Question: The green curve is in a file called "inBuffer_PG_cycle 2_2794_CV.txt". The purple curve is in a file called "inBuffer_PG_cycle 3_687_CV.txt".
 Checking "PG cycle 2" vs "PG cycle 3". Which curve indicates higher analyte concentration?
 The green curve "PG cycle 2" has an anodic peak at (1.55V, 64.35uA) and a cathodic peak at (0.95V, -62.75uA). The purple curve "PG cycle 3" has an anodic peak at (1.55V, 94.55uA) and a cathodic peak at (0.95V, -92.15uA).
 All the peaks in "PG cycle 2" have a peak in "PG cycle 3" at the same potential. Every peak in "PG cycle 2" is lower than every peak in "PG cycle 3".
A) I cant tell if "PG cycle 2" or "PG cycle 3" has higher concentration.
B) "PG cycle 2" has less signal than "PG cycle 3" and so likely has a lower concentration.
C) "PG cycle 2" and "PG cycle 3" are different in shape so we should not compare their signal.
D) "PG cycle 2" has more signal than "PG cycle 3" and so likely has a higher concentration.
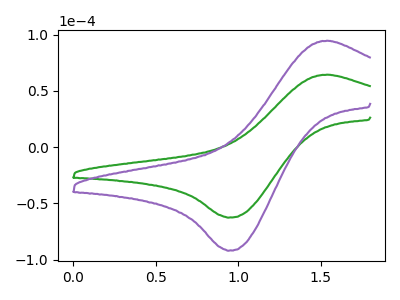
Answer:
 <answer>B) "PG cycle 2" has less signal than "PG cycle 3" and so likely has a lower concentration.</answer>
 <eval>B</eval>